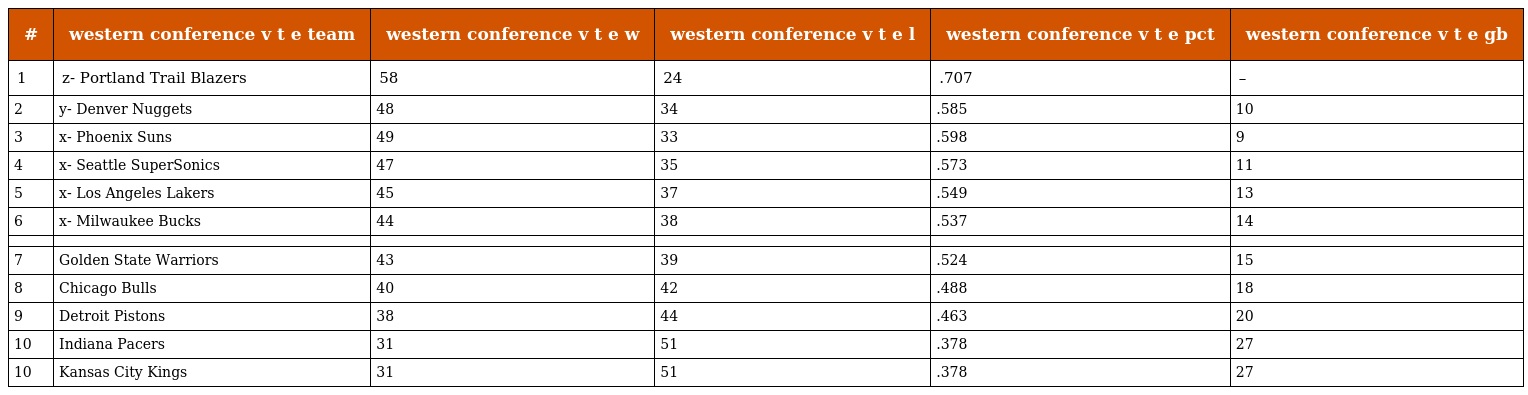
| # | western conference v t e team | western conference v t e w | western conference v t e l | western conference v t e pct | western conference v t e gb |
 | --- | --- | --- | --- | --- | --- |
 | 1 | z- Portland Trail Blazers | 58 | 24 | .707 | – |
 | 2 | y- Denver Nuggets | 48 | 34 | .585 | 10 |
 | 3 | x- Phoenix Suns | 49 | 33 | .598 | 9 |
 | 4 | x- Seattle SuperSonics | 47 | 35 | .573 | 11 |
 | 5 | x- Los Angeles Lakers | 45 | 37 | .549 | 13 |
 | 6 | x- Milwaukee Bucks | 44 | 38 | .537 | 14 |
 |  |  |  |  |  |  |
 | 7 | Golden State Warriors | 43 | 39 | .524 | 15 |
 | 8 | Chicago Bulls | 40 | 42 | .488 | 18 |
 | 9 | Detroit Pistons | 38 | 44 | .463 | 20 |
 | 10 | Indiana Pacers | 31 | 51 | .378 | 27 |
 | 10 | Kansas City Kings | 31 | 51 | .378 | 27 |